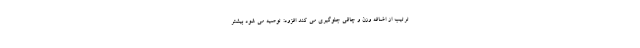
ترتیب از اضافه وزن و چاقی جلوگیری می کند افزود: توصیه می شود بیشتر